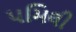
૫મિલી